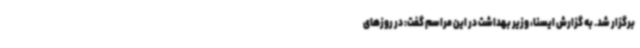
برگزار شد. به گزارش ایسنا، وزیر بهداشت در این مراسم گفت: در روزهای